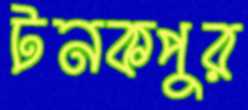
টনকপুর